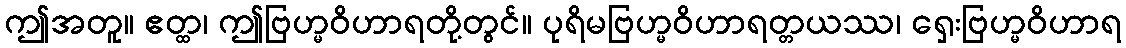
ဤအတူ။ ဧတ္ထ၊ ဤဗြဟ္မဝိဟာရတို့တွင်။ ပုရိမဗြဟ္မဝိဟာရတ္တယဿ၊ ရှေးဗြဟ္မဝိဟာရ